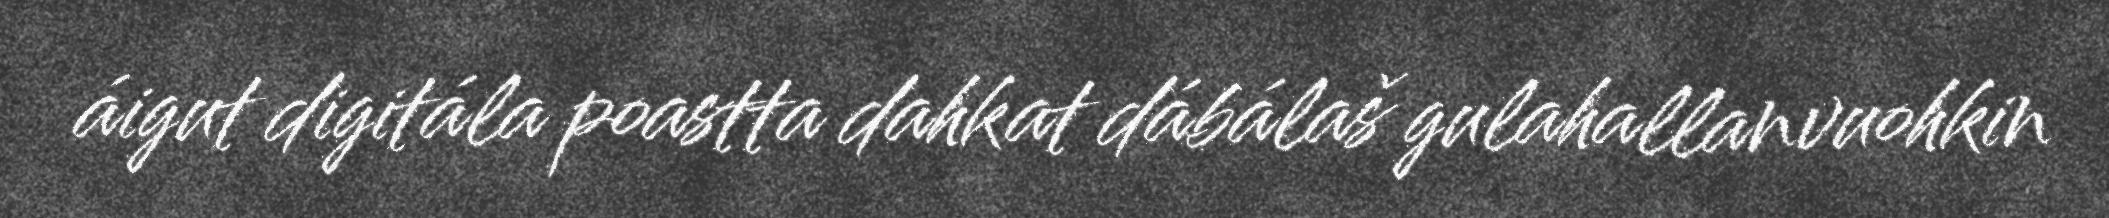
áigut digitála poastta dahkat dábálaš gulahallanvuohkin